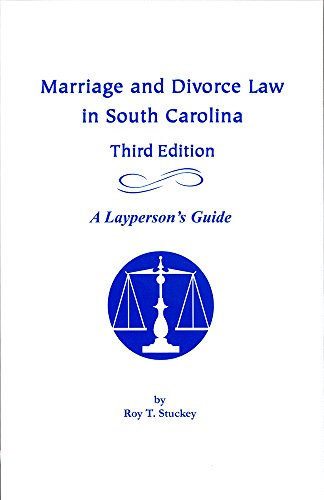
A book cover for Marriage and Divorce Law in South Carolina: A Layperson's Guide; Roy T. Stuckey; Law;